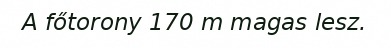
A főtorony 170 m magas lesz.